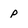
Character: p